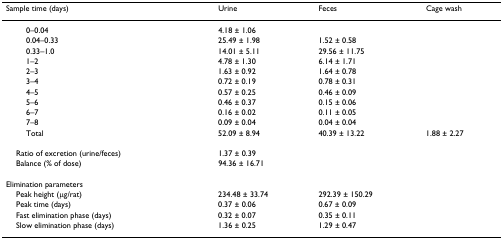
<table><thead><tr><td><b>Sample time (days)</b></td><td><b>Urine</b></td><td><b>Feces</b></td><td><b>Cage wash</b></td></tr></thead><tbody><tr><td>0–0.04</td><td>4.18 ± 1.06</td><td></td><td></td></tr><tr><td>0.04–0.33</td><td>25.49 ± 1.98</td><td>1.52 ± 0.58</td><td></td></tr><tr><td>0.33–1.0</td><td>14.01 ± 5.11</td><td>29.56 ± 11.75</td><td></td></tr><tr><td>1–2</td><td>4.78 ± 1.30</td><td>6.14 ± 1.71</td><td></td></tr><tr><td>2–3</td><td>1.63 ± 0.92</td><td>1.64 ± 0.78</td><td></td></tr><tr><td>3–4</td><td>0.72 ± 0.19</td><td>0.78 ± 0.31</td><td></td></tr><tr><td>4–5</td><td>0.57 ± 0.25</td><td>0.46 ± 0.09</td><td></td></tr><tr><td>5–6</td><td>0.46 ± 0.37</td><td>0.15 ± 0.06</td><td></td></tr><tr><td>6–7</td><td>0.16 ± 0.02</td><td>0.11 ± 0.05</td><td></td></tr><tr><td>7–8</td><td>0.09 ± 0.04</td><td>0.04 ± 0.04</td><td></td></tr><tr><td>Total</td><td>52.09 ± 8.94</td><td>40.39 ± 13.22</td><td>1.88 ± 2.27</td></tr><tr><td> Ratio of excretion (urine/feces)</td><td>1.37 ± 0.39</td><td></td><td></td></tr><tr><td> Balance (% of dose)</td><td>94.36 ± 16.71</td><td></td><td></td></tr><tr><td>Elimination parameters</td><td></td><td></td><td></td></tr><tr><td> Peak height (μg/rat)</td><td>234.48 ± 33.74</td><td>292.39 ± 150.29</td><td></td></tr><tr><td> Peak time (days)</td><td>0.37 ± 0.06</td><td>0.67 ± 0.09</td><td></td></tr><tr><td> Fast elimination phase (days)</td><td>0.32 ± 0.07</td><td>0.35 ± 0.11</td><td></td></tr><tr><td> Slow elimination phase (days)</td><td>1.36 ± 0.25</td><td>1.29 ± 0.47</td><td></td></tr></tbody></table>